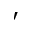
\prime